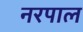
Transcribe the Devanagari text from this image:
नरपाल